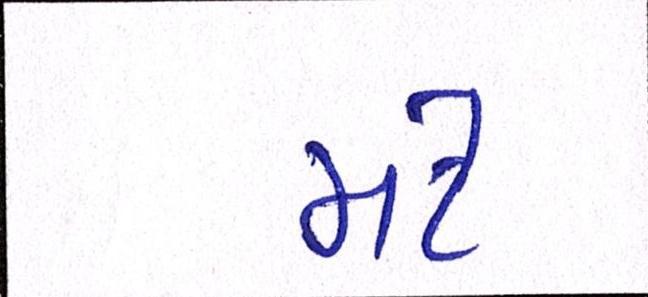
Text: મટે